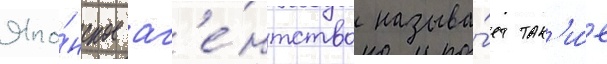
Япо́нское аг'е́нтство называ́ет так'и́е